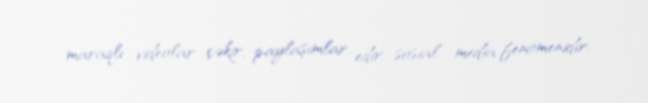
maraqlı videolar çəkir, paylaşımlar edir, sosial media fenomenidir.